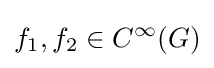
f_{1},f_{2}\in C^{\infty }(G)